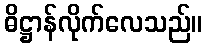
ဓိဋ္ဌာန်လိုက်လေသည်။